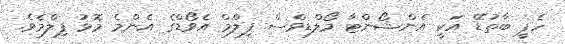
ހެޕީ ބާތުޑޭ އަކީ އެންޝޯންޓާ މޯލްޑިވްސް ފިލްމް އެވޯޑްގެ އެންމެ މޮޅު ފިލްމެވެ.